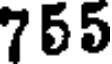
755